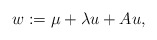
\begin{align*} w:=\mu+\lambda u+Au,\end{align*}